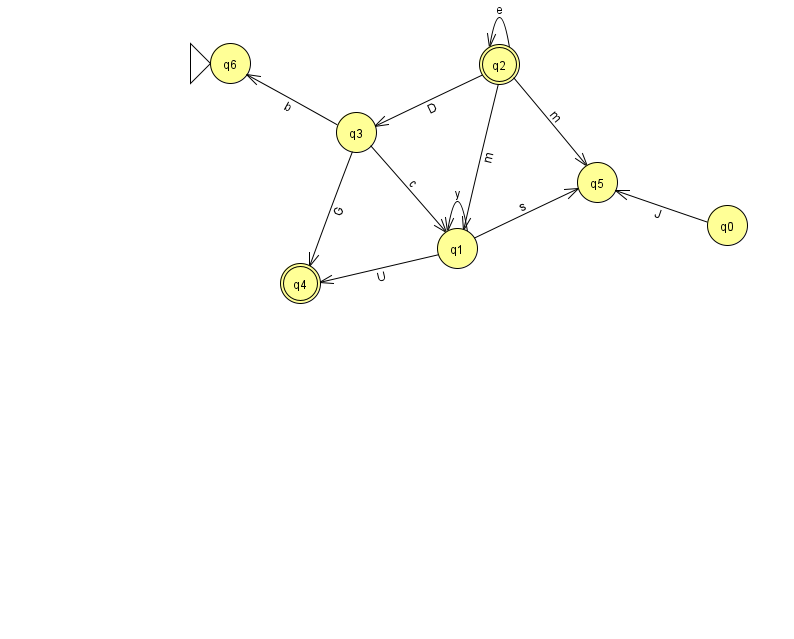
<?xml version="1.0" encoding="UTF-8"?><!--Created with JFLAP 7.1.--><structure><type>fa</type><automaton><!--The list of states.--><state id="0" name="q0"><x>727.0</x><y>212.0</y></state><state id="1" name="q1"><x>457.0</x><y>235.0</y></state><state id="2" name="q2"><x>499.0</x><y>51.0</y><final/></state><state id="3" name="q3"><x>356.0</x><y>119.0</y></state><state id="4" name="q4"><x>300.0</x><y>270.0</y><final/></state><state id="5" name="q5"><x>597.0</x><y>169.0</y></state><state id="6" name="q6"><x>230.0</x><y>50.0</y><initial/></state><!--The list of transitions.--><transition><from>1</from><to>5</to><read>s</read></transition><transition><from>2</from><to>5</to><read>m</read></transition><transition><from>3</from><to>6</to><read>b</read></transition><transition><from>2</from><to>1</to><read>m</read></transition><transition><from>2</from><to>2</to><read>e</read></transition><transition><from>2</from><to>3</to><read>D</read></transition><transition><from>3</from><to>4</to><read>G</read></transition><transition><from>1</from><to>1</to><read>y</read></transition><transition><from>1</from><to>4</to><read>U</read></transition><transition><from>3</from><to>1</to><read>c</read></transition><transition><from>0</from><to>5</to><read>J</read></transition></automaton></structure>